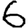
Digit: 6